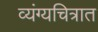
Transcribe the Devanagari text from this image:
व्यंग्यचित्रात